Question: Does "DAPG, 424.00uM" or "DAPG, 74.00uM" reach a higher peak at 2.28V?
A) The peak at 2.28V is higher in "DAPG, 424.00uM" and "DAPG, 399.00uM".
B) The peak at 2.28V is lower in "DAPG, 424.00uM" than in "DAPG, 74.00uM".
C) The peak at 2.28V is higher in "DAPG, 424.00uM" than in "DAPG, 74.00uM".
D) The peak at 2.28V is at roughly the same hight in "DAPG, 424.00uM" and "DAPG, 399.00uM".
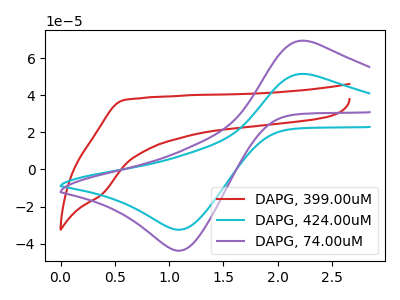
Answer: <think>The red curve "DAPG, 399.00uM" has no peaks. The cyan curve "DAPG, 424.00uM" has an anodic peak at (2.30V, 51.35uA) and a cathodic peak at (1.10V, -32.50uA). The purple curve "DAPG, 74.00uM" has an anodic peak at (2.30V, 69.20uA) and a cathodic peak at (1.10V, -43.85uA).</think>
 <answer>B) The peak at 2.28V is lower in "DAPG, 424.00uM" than in "DAPG, 74.00uM".</answer>
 <eval>B</eval>